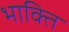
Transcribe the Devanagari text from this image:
भाक्ति